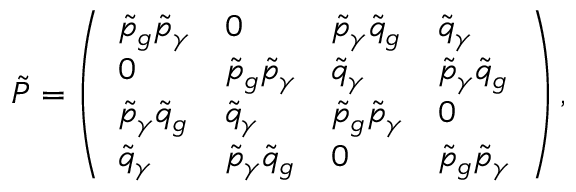
{ \tilde { P } } = \left( \begin{array} { l l l l } { \tilde { p } _ { g } \tilde { p } _ { \gamma } } & { 0 } & { \tilde { p } _ { \gamma } \tilde { q } _ { g } } & { \tilde { q } _ { \gamma } } \\ { 0 } & { \tilde { p } _ { g } \tilde { p } _ { \gamma } } & { \tilde { q } _ { \gamma } } & { \tilde { p } _ { \gamma } \tilde { q } _ { g } } \\ { \tilde { p } _ { \gamma } \tilde { q } _ { g } } & { \tilde { q } _ { \gamma } } & { \tilde { p } _ { g } \tilde { p } _ { \gamma } } & { 0 } \\ { \tilde { q } _ { \gamma } } & { \tilde { p } _ { \gamma } \tilde { q } _ { g } } & { 0 } & { \tilde { p } _ { g } \tilde { p } _ { \gamma } } \end{array} \right) ,